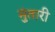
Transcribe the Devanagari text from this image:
मुंतारी